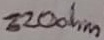
Text: 220ohm